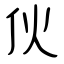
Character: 伙